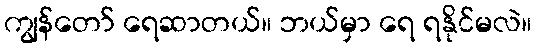
ကျွန်တော် ရေဆာတယ်။ ဘယ်မှာ ရေ ရနိုင်မလဲ။